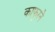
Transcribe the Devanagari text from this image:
काफुरने